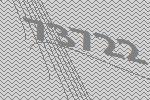
73722